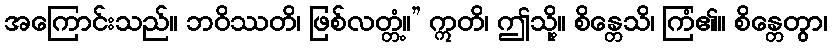
အကြောင်းသည်။ ဘဝိဿတိ၊ ဖြစ်လတ္တံ့။” ဣတိ၊ ဤသို့။ စိန္တေသိ၊ ကြံ၏။ စိန္တေတွာ၊